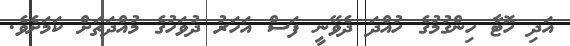
އަދި ހޮޓާ ހިންގުމުގެ ހުއްދަ ދެވޭނީ ފަސް އަހަރު ދުވަހުގެ މުއްދަތަށް ކަމަށެވެ.